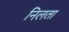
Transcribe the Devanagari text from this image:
निलता